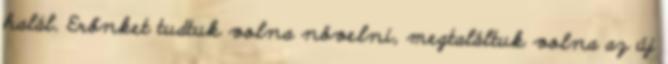
halál. Erőnket tudtuk volna növelni, megtaláltuk volna az új